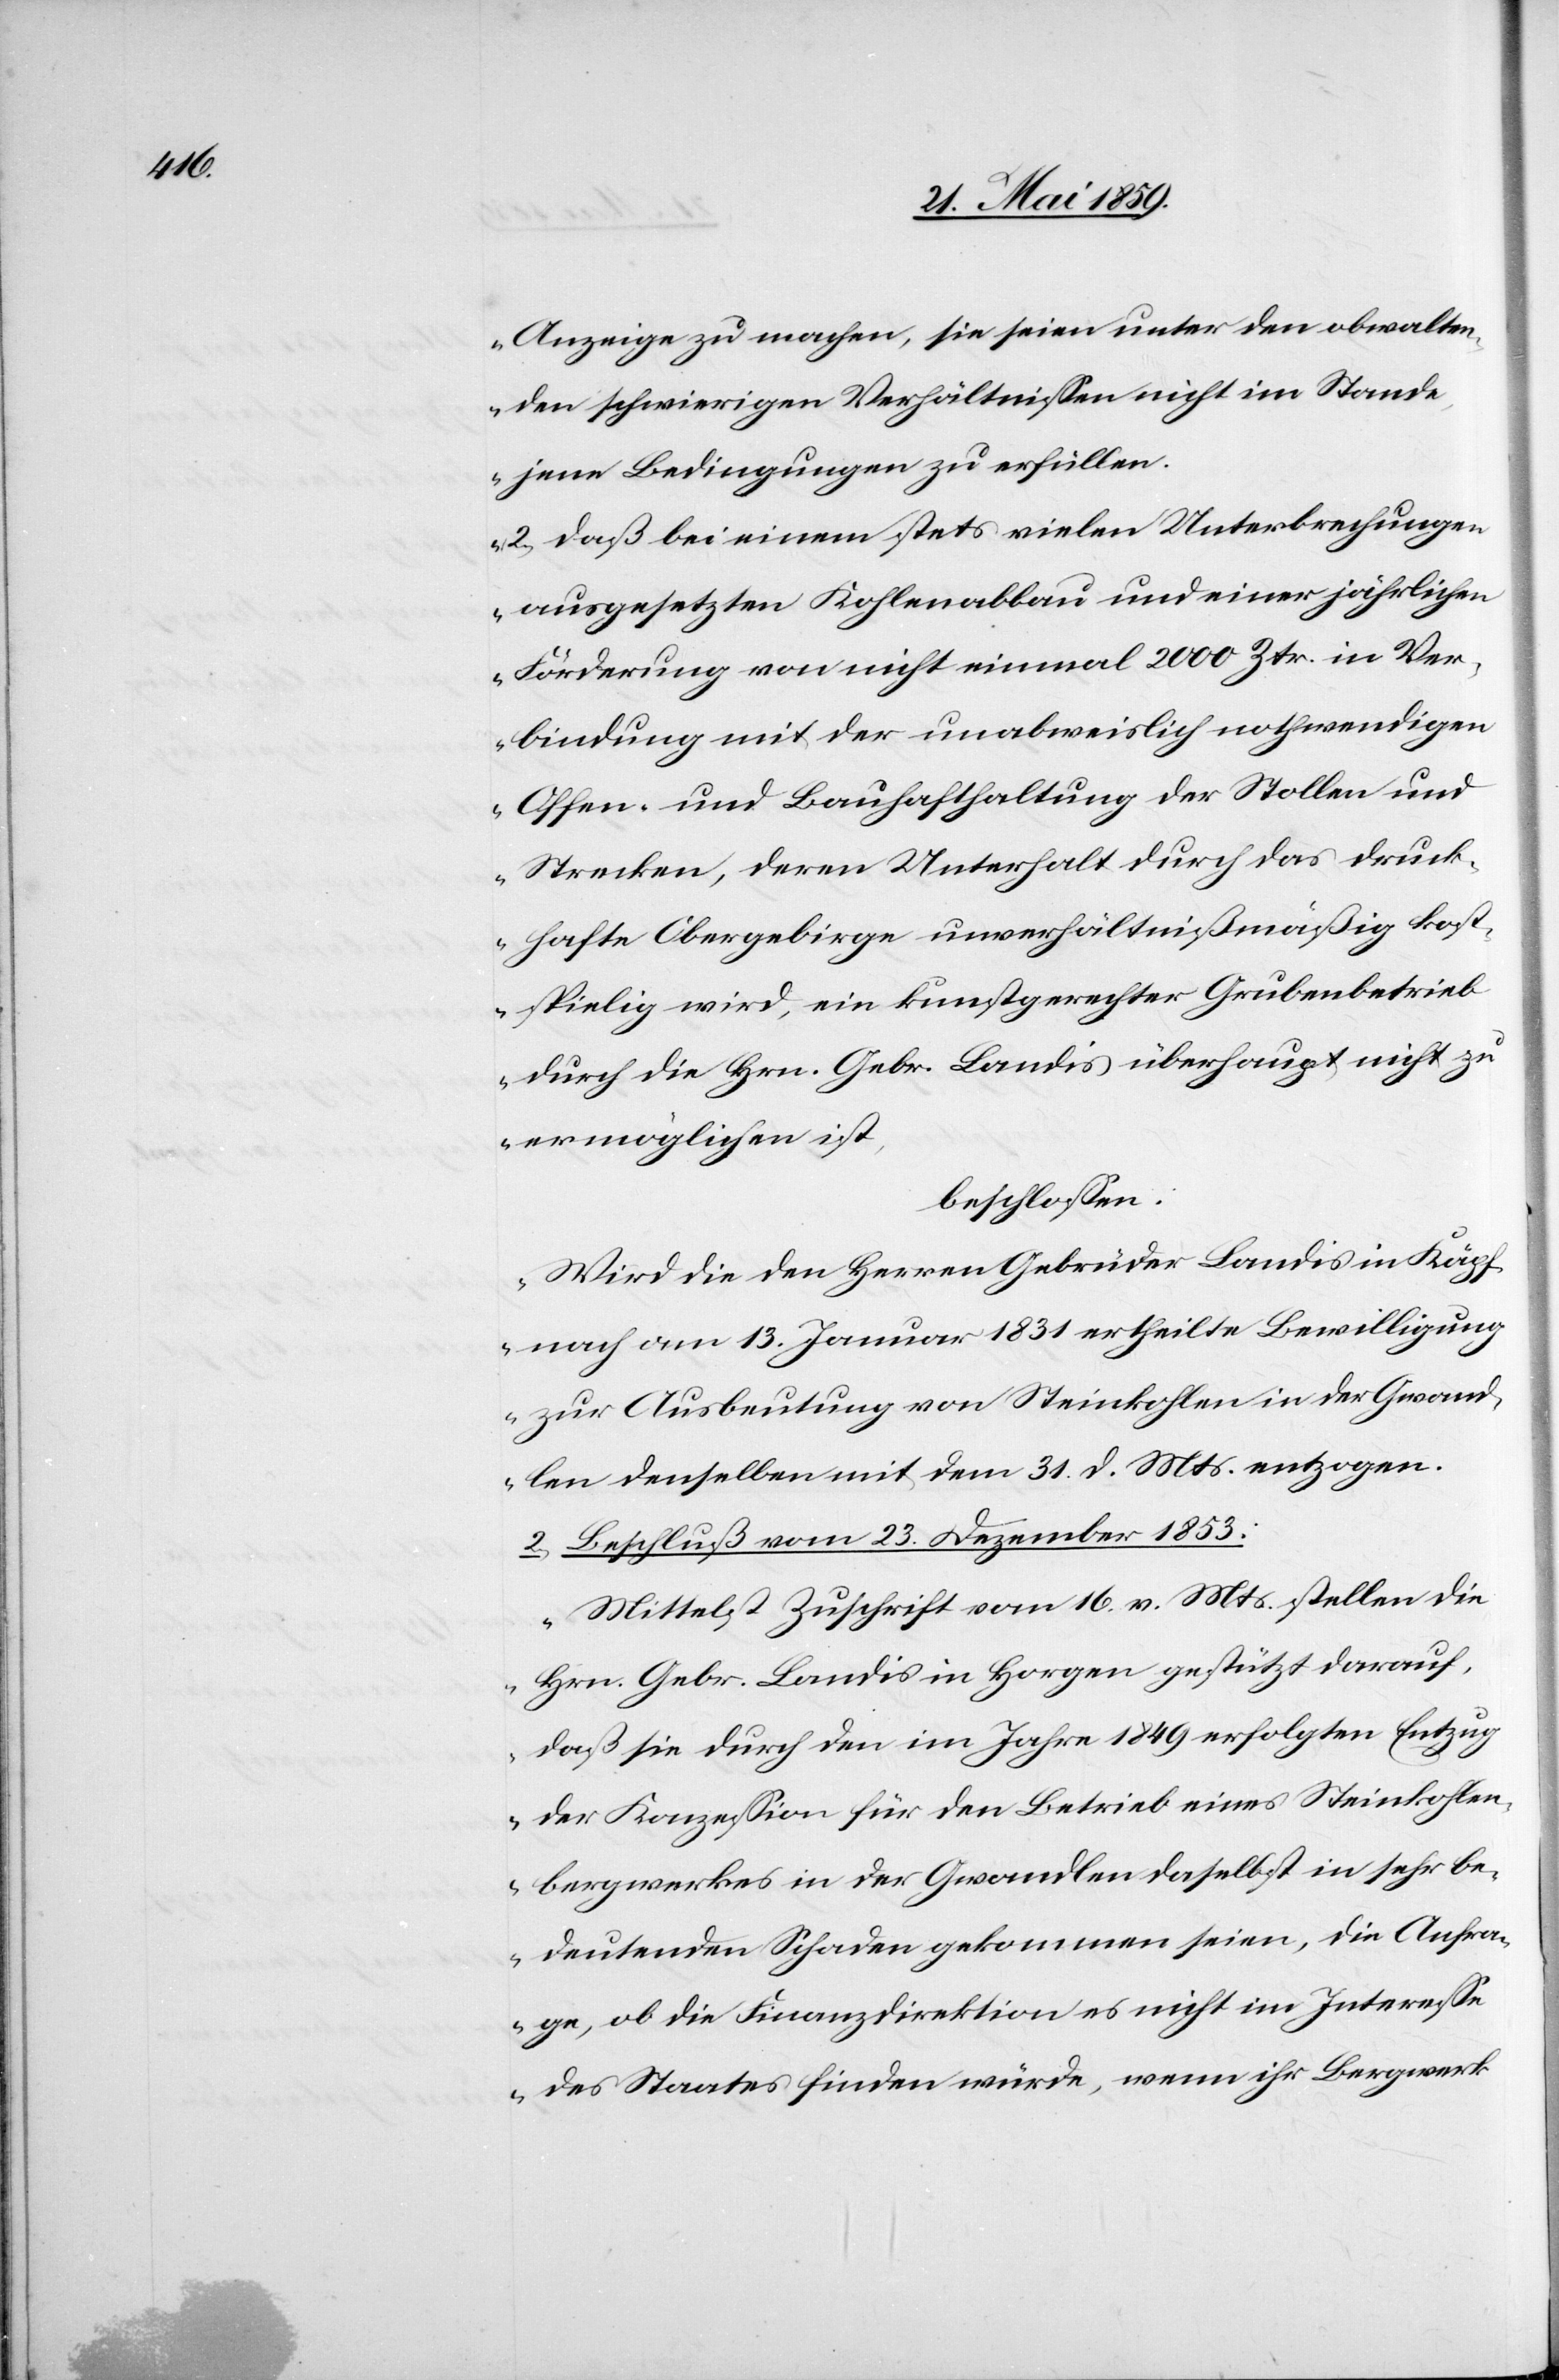
Anzeige zu machen, sie seien unter den obwalten¬
den schwierigen Verhältnißen nicht im Stande,
jene Bedingungen zu erfüllen.
2) daß bei einem stets vielen Unterbrechungen
ausgesetzten Kohlenabbau und einer jährlichen
Förderung von nicht einmal 2000 Ztr. in Ver¬
bindung mit der unabweislich nothwendigen
Offen- und Bauhafthaltung der Stollen und
Strecken, deren Unterhalt durch das druck¬
hafte Obergebirge unverhältnißmäßig kost¬
spielig wird, ein kunstgerechter Grubenbetrieb
durch die Hrn. Gebr. Landis überhaupt nicht zu
ermöglichen ist,
beschloßen:
Wird die den Herren Gebrüder Landis in Käpf¬
nach am 13. Januar 1831 ertheilte Bewilligung
zur Ausbeutung von Steinkohlen in der Gwand¬
len denselben mit dem 31. d. Mts. entzogen.“
2) Beschluß vom 23. Dezember 1853:
„Mittelst Zuschrift vom 16. v. Mts. stellen die
Hrn. Gebr. Landis in Horgen gestützt darauf,
daß sie durch den im Jahre 1849 erfolgten Entzug
der Konzeßion für den Betrieb eines Steinkohlen¬
bergwerkes in der Gwandlen daselbst in sehr be¬
deutenden Schaden gekommen seien, die Anfra¬
ge, ob die Finanzdirektion es nicht im Intereße
des Staates finden würde, wenn ihr Bergwerk